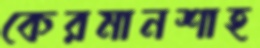
কেরমানশাহ